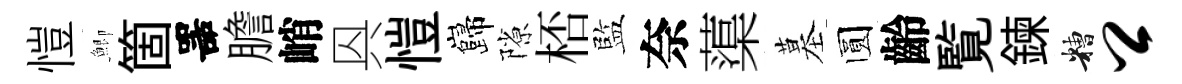
愷鯽箇噐膽峭㒷愷巋隙桮監奈蕖墓圆齡覧鍊糟卿